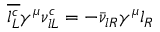
\overline { { { l _ { L } ^ { c } } } } \gamma ^ { \mu } \nu _ { l L } ^ { c } = - \bar { \nu } _ { l R } \gamma ^ { \mu } l _ { R }